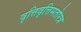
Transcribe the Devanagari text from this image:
वृत्तिवृत्तिमतोरत्र